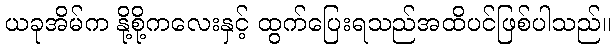
ယခုအိမ်က နို့စို့ကလေးနှင့် ထွက်ပြေးရသည်အထိပင်ဖြစ်ပါသည်။